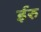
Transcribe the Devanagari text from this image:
ईरु